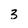
Character: 3